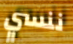
ننسي